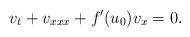
LaTeX: \begin{align*}v_t+v_{xxx}+f'(u_0)v_x=0.\end{align*}